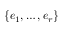
\{ e _ { 1 } , \ldots , e _ { r } \}